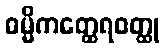
ဓမ္မိကတ္ထေရဝတ္ထု